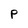
Character: P